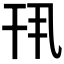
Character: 𫷖